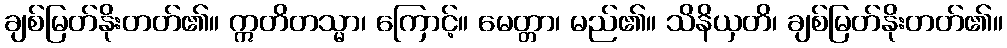
ချစ်မြတ်နိုးတတ်၏။ ဣတိတသ္မာ၊ ကြောင့်။ မေတ္တာ၊ မည်၏။ သိနိယှတိ၊ ချစ်မြတ်နိုးတတ်၏။